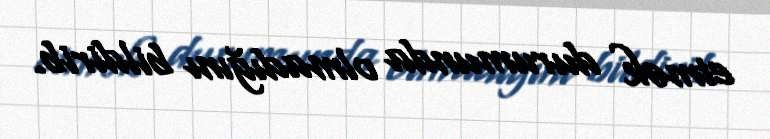
etmək durumunda olmadığını bildirib.